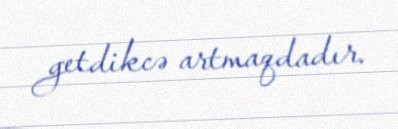
getdikcə artmaqdadır.